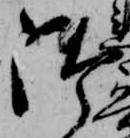
御